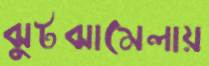
ঝুটঝামেলায়